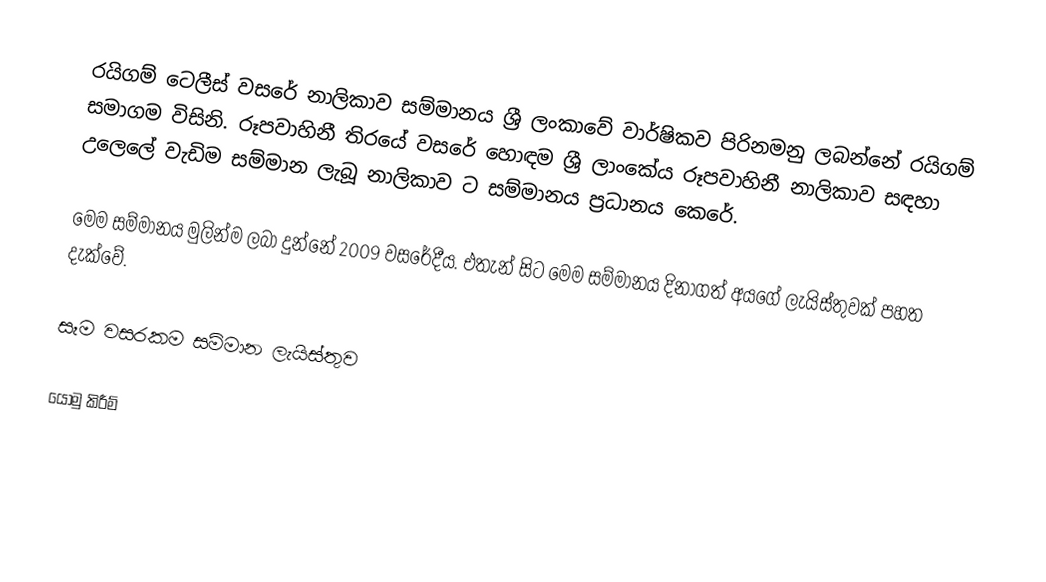
රයිගම් ටෙලීස් වසරේ නාලිකාව සම්මානය ශ්‍රී ලංකාවේ වාර්ෂිකව පිරිනමනු ලබන්නේ රයිගම් සමාගම විසිනි. රූපවාහිනී තිරයේ වසරේ හොඳම ශ්‍රී ලාංකේය රූපවාහිනී නාලිකාව සඳහා උලෙලේ වැඩිම සම්මාන ලැබූ නාලිකාව ට සම්මානය ප්‍රධානය කෙරේ.

මෙම සම්මානය මුලින්ම ලබා දුන්නේ 2009 වසරේදීය. එතැන් සිට මෙම සම්මානය දිනාගත් අයගේ ලැයිස්තුවක් පහත දැක්වේ.

සෑම වසරකම සම්මාන ලැයිස්තුව

යොමු කිරීම්